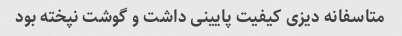
متاسفانه دیزی کیفیت پایینی داشت و گوشت نپخته بود